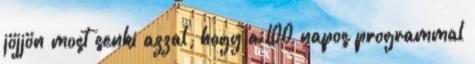
jöjjön most senki azzal, hogy a 100 napos programmal